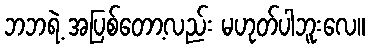
ဘဘရဲ့ အပြစ်တော့လည်း မဟုတ်ပါဘူးလေ။